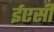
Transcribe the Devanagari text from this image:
ईएसी